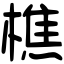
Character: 樵